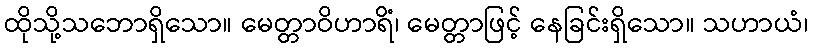
ထိုသို့သဘောရှိသော။ မေတ္တာဝိဟာရိံ၊ မေတ္တာဖြင့် နေခြင်းရှိသော။ သဟာယံ၊